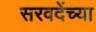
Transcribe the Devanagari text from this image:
सरवदेंच्या